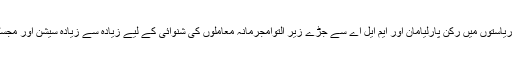
سپریم کورٹ نے سبھی ہائی کورٹ سے متعلق ریاستوں میں رکن پارلیامان اور ایم ایل اے سے جڑے زیر التوامجرمانہ معاملوں کی شنوائی کے لیے زیادہ سے زیادہ سیشن اور مجسٹریٹ عدالتوں کو نامزد کرنے کے لیے کہا ہے۔